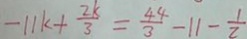
- 1 1 k + \frac { 2 k } { 3 } = \frac { 4 4 } { 3 } - 1 1 - \frac { 1 } { 2 }